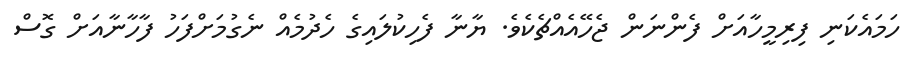
ހަމައެކަނި ފިރިމީހާއަށް ފެންނަން ޖެހޭއެއްޗެކެވެ. ޔާނާ ފެހިކުލައިގެ ހެދުމެއް ނެގުމަށްފަހު ފާހާނާއަށް ގޮސް